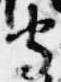
守